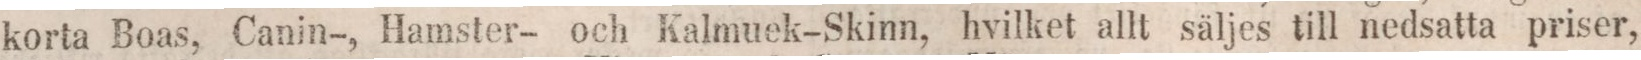
korta Boas, Canin-, Hamster- och Kalmuek-Skinn, hvilket allt säljes till nedsatta priser,